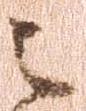
之